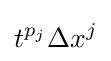
t^{p_{j}}\Delta x^{j}